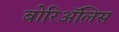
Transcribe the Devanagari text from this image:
बोरिॲलिस